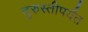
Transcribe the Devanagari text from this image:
दुरुस्तीपर्यंत